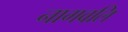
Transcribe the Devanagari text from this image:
नागवलि